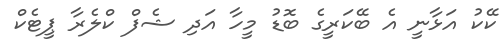
ކޭކު އަޅާނީ އެ ބޭކަރީގެ ބޮޑު މީހާ އަދި ޝެފް ކްލެރާ ޕީޓެކް